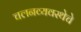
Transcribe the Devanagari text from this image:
चलनव्यवस्थेचे